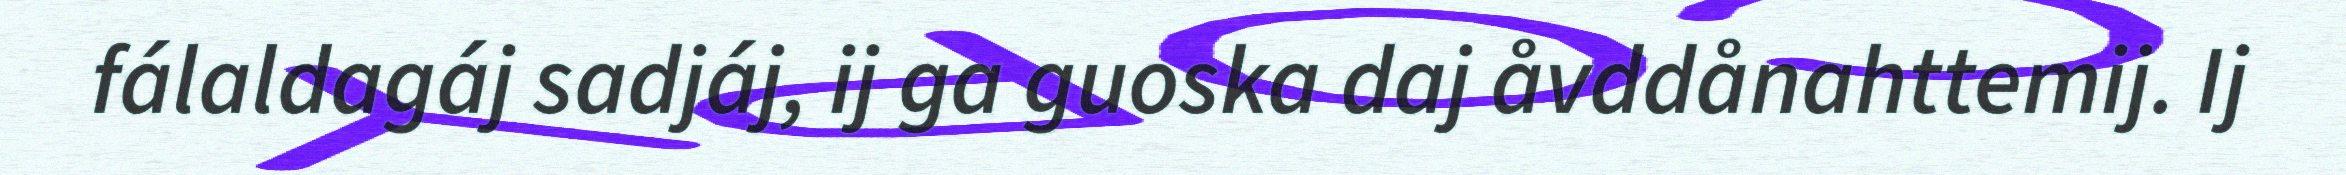
fálaldagáj sadjáj, ij ga guoska daj åvddånahttemij. Ij